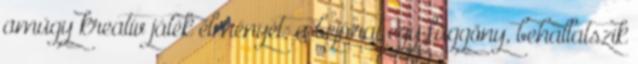
amúgy kreatív játék élményét: a bejárat egy függöny, behallatszik